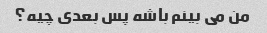
من می بینم باشه پس بعدی چیه؟